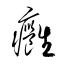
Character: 癰